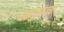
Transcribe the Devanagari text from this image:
दत्तगुरूंच्या